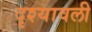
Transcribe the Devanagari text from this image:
दृश्‍यावली